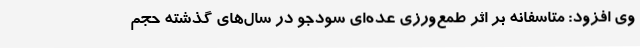
وی افزود: متاسفانه بر اثر طمع‌ورزی عده‌ای سودجو در سال‌های گذشته حجم